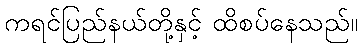
ကရင်ပြည်နယ်တို့နှင့် ထိစပ်နေသည်။